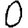
Digit: 0